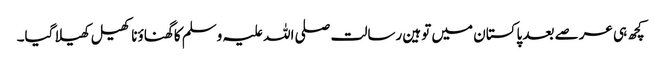
کچھ ہی عرصے بعد پاکستان میں توہین رسالت صلی اللہ علیہ وسلم کا گھناؤنا کھیل کھیلا گیا۔